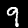
Label: 9